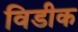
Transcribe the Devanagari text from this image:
विडीक